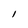
Character: 1